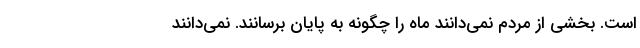
است. بخشی از مردم نمی‌دانند ماه را چگونه به پایان برسانند. نمی‌دانند